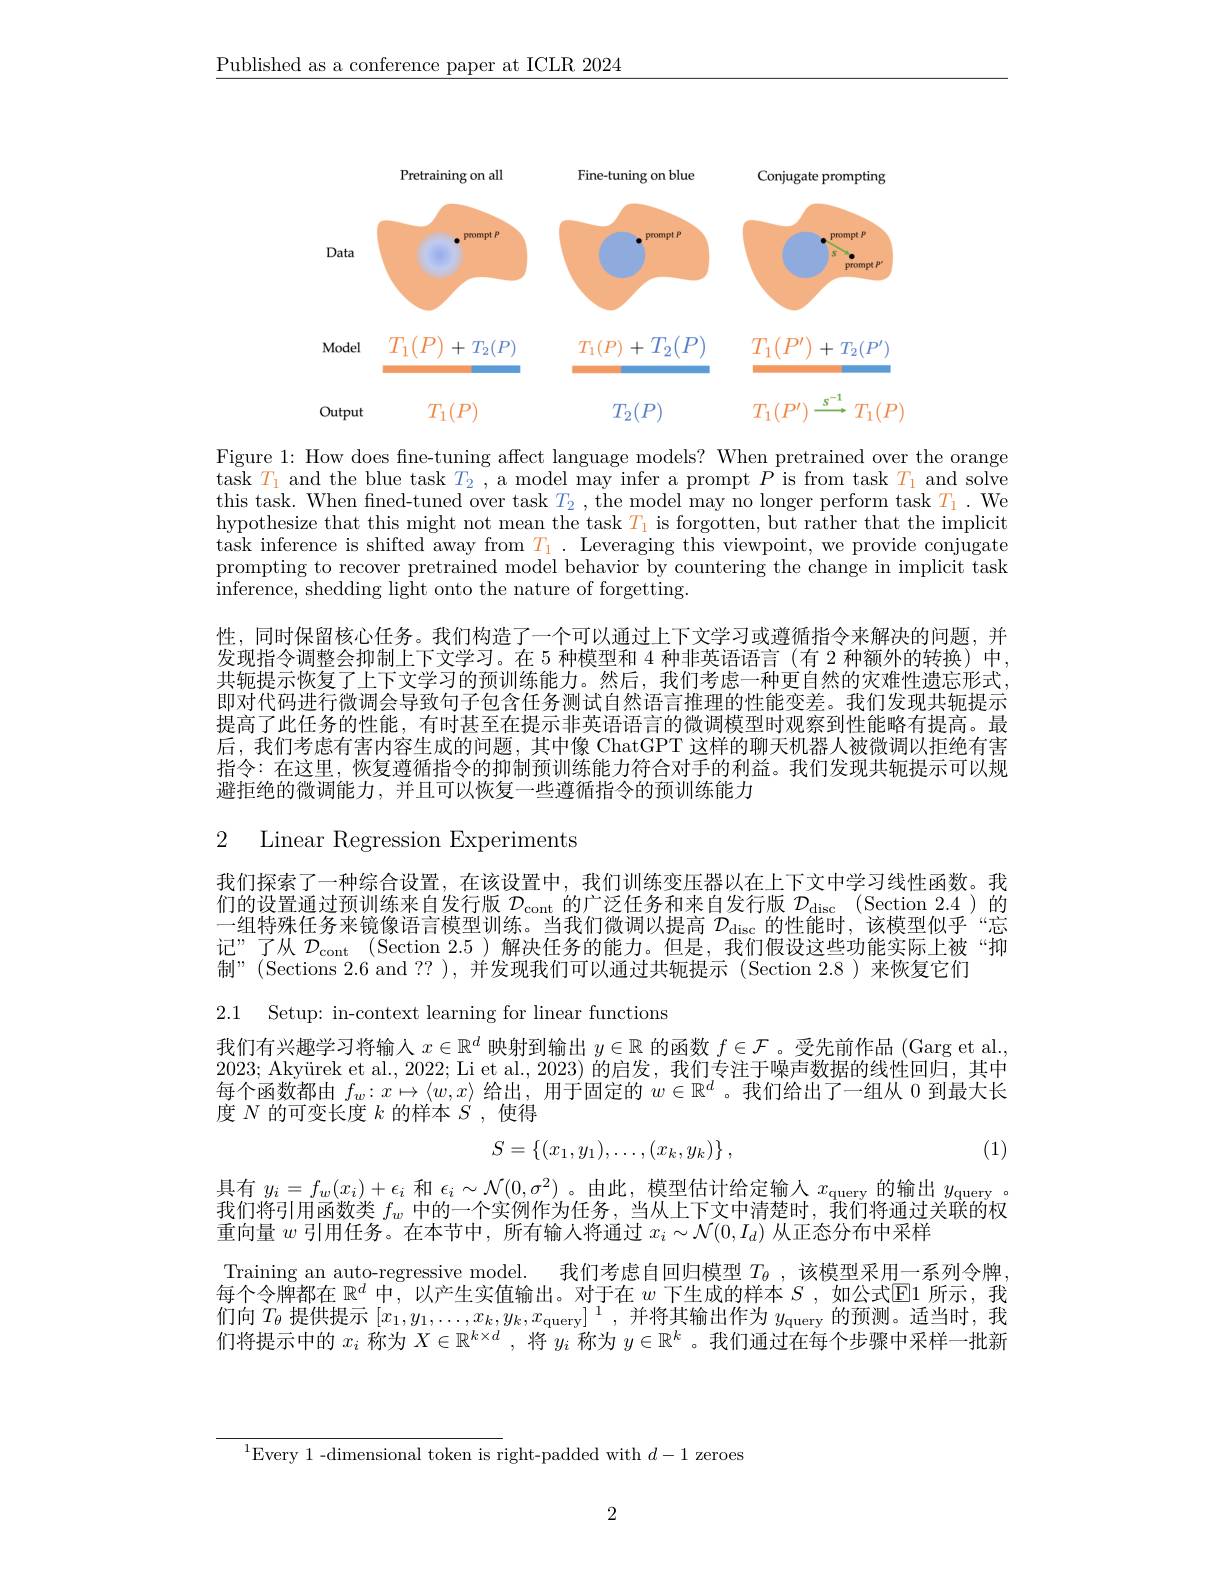
$\underline{\text{Published as a conference paper at ICLR 2024}}$

<FigureHere>

Figure 1: How does fine-tuning affect language models? When pretrained over the orange task $T_1$ and the blue task $T_2$, a model may infer a prompt $P$ is from task $T_1$ and solve this task. When fned-tuned over task $T_2$, the model may no longer perform task $T_1.$ We hypothesize that this might not mean the task $T_1$ is forgotten, but rather that the implicit task inference is shifted away from $T_1.$ Leveraging this viewpoint, we provide conjugate prompting to recover pretrained model behavior by countering the change in implicit task inference, shedding light onto the nature of forgetting.
性，同时保留核心任务。我们构造了一个可以通过上下文学习或遵循指令来解决的问题，并发现指令调整会抑制上下文学习。在 5 种模型和 4 种非英语语言 (有 2 种额外的转换) 中， 共轭提示恢复了上下文学习的预训练能力。然后，我们考虑一种更自然的灾难性遗忘形式， 即对代码进行微调会导致句子包含任务测试自然语言推理的性能变差。我们发现共轭提示提高了此任务的性能，有时甚至在提示非英语语言的微调模型时观察到性能略有提高。最后，我们考虑有害内容生成的问题，其中像 ChatGPT 这样的聊天机器人被微调以拒绝有害指令：在这里，恢复遵循指令的抑制预训练能力符合对手的利益。我们发现共轭提示可以规避拒绝的微调能力，并且可以恢复一些遵循指令的预训练能力

# 2 Linear Regression Experiments

我们探索了一种综合设置，在该设置中，我们训练变压器以在上下文中学习线性函数。我们的设置通过预训练来自发行版$\mathcal{D}_\mathrm{cont}$的广泛任务和来自发行版$\mathcal{D}_\mathrm{disc}$ (Section 2.4)的一组特殊任务来镜像语言模型训练。当我们微调以提高$\mathcal{D}_\mathrm{disc}$的性能时，该模型似乎“忘记”了从$\mathcal{D} _\mathrm{cont}$ (Section 2.5)解决任务的能力。但是，我们假设这些功能实际上被“抑制”(Sections 2.6 and ?? ),并发现我们可以通过共轭提示 (Section 2.8)来恢复它们

2.1 Setup: in-context learning for linear functions

我们有兴趣学习将输入$x\in\mathbb{R}^d$映射到输出$y\in\mathbb{R}$的函数$f\in\mathcal{F}$ 。受先前作品 (Garg et al., $2023; \text{ Aky\" {u}rek et al. , 2022; Li et al. , 2023) 的 启 发 , 我 们 专 注 于 噪 声 数 据 的 线 性 回 归 , 其 中 }$ 每个函数都由$f_w:x\mapsto\langle w,x\rangle$给出，用于固定的$w\in\mathbb{R}^d$ 。我们给出了一组从 0 到最大长度$N$的可变长度$k$的样本$S$,使得
$$S=\{(x_1,y_1),\ldots,(x_k,y_k)\}\:,$$
(1)

$\begin{array}{l}\text{具有 }y_i=f_w(x_i)+\epsilon_i\text{ 和 }\epsilon_i\sim\mathcal{N}(0,\sigma^2)\text{。由此，模型估计给定输人 }x_\text{query 的输出 }y_\text{query 。}\\\text{我们将引用函数类 }f_w\text{ 中的一个实例作为任务，当从上下文中清楚时，我们将通过关联的权}\end{array}$
重向量$w$引用任务。在本节中，所有输入将通过$x_i\sim\mathcal{N}(0,I_d)$从正态分布中采样

Training an auto-regressive model. 我们考虑自回归模型$T_\theta$ ,该模型采用一系列令牌， 每个令牌都在$\mathbb{R}^d$中，以产生实值输出。对于在$w$下生成的样本$S$ ,如公式$\mathbb{E}$1 所示，我们向$T_\theta$提供提示$[x_1,y_1,\ldots,x_k,y_k,x_\text{query}]^1$,并将其输出作为$y_\mathrm{query}$的预测。适当时，我们将提示中的$x_i$称为$X\in\mathbb{R}^{k\times d}$,将$y_i$称为$y\in\mathbb{R}^k$ 。我们通过在每个步骤中采样一批新

$^{1}$Every 1-dimensional token is right-padded with $d-1$ zeroes

2